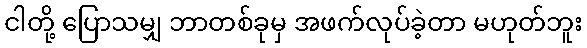
ငါတို့ ပြောသမျှ ဘာတစ်ခုမှ အဖက်လုပ်ခဲ့တာ မဟုတ်ဘူး